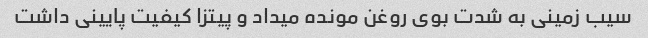
سیب زمینی به شدت بوی روغن مونده میداد و پیتزا کیفیت پایینی داشت